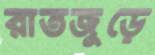
রাতজুড়ে